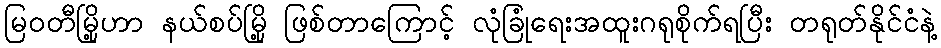
မြဝတီမြို့ဟာ နယ်စပ်မြို့ ဖြစ်တာကြောင့် လုံခြုံရေးအထူးဂရုစိုက်ရပြီး တရုတ်နိုင်ငံနဲ့